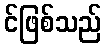
င်ဖြစ်သည်